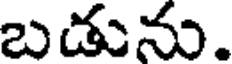
బడును.